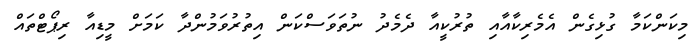
މިކަންކަމާ ގުޅިގެން އެމެރިކާއާއި ތުރުކީއާ ދެމެދު ނުތަވަސްކަން އިތުރުވަމުންދާ ކަމަށް މީޑިއާ ރިޕޯޓްތައް